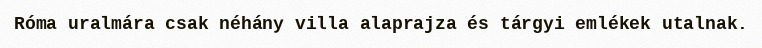
Róma uralmára csak néhány villa alaprajza és tárgyi emlékek utalnak.